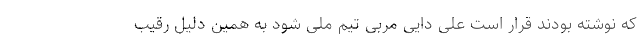
که نوشته بودند قرار است علی دایی مربی تیم ملی شود به همین دلیل رقیب